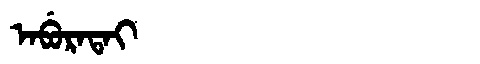
Manchu: ᠠᠪᡠᡵᠠᡨᠠᡳ
Romanization: ABURATAI